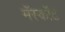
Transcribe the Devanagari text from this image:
मॅस्कॉट